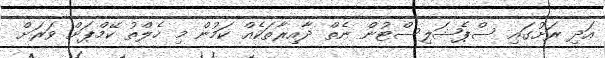
އަދި ރަށުގައި ސްޕެޝަލިސްޓުން ނެތް ދާއިރާތަކެއް ކަމުން މި ހެލްތު ކޭމްޕަށް ވަރަށް